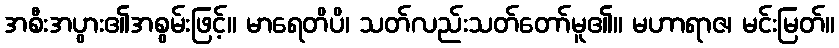
အစီးအပွား၏အစွမ်းဖြင့်။ မာရေတိပိ၊ သတ်လည်းသတ်တော်မူ၏။ မဟာရာဇ၊ မင်းမြတ်။